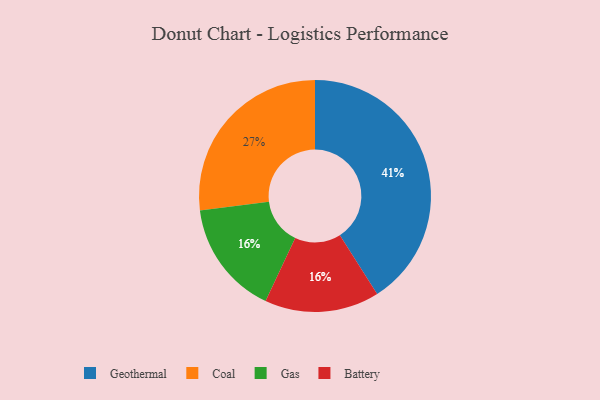
{"axis": {"x": "Category", "y": "Percentage"}, "legend": ["Battery", "Coal", "Gas", "Geothermal"], "data": [{"x": "Coal", "y": 27, "type": "Coal"}, {"x": "Gas", "y": 16, "type": "Gas"}, {"x": "Geothermal", "y": 41, "type": "Geothermal"}, {"x": "Battery", "y": 16, "type": "Battery"}]}